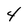
Character: 4